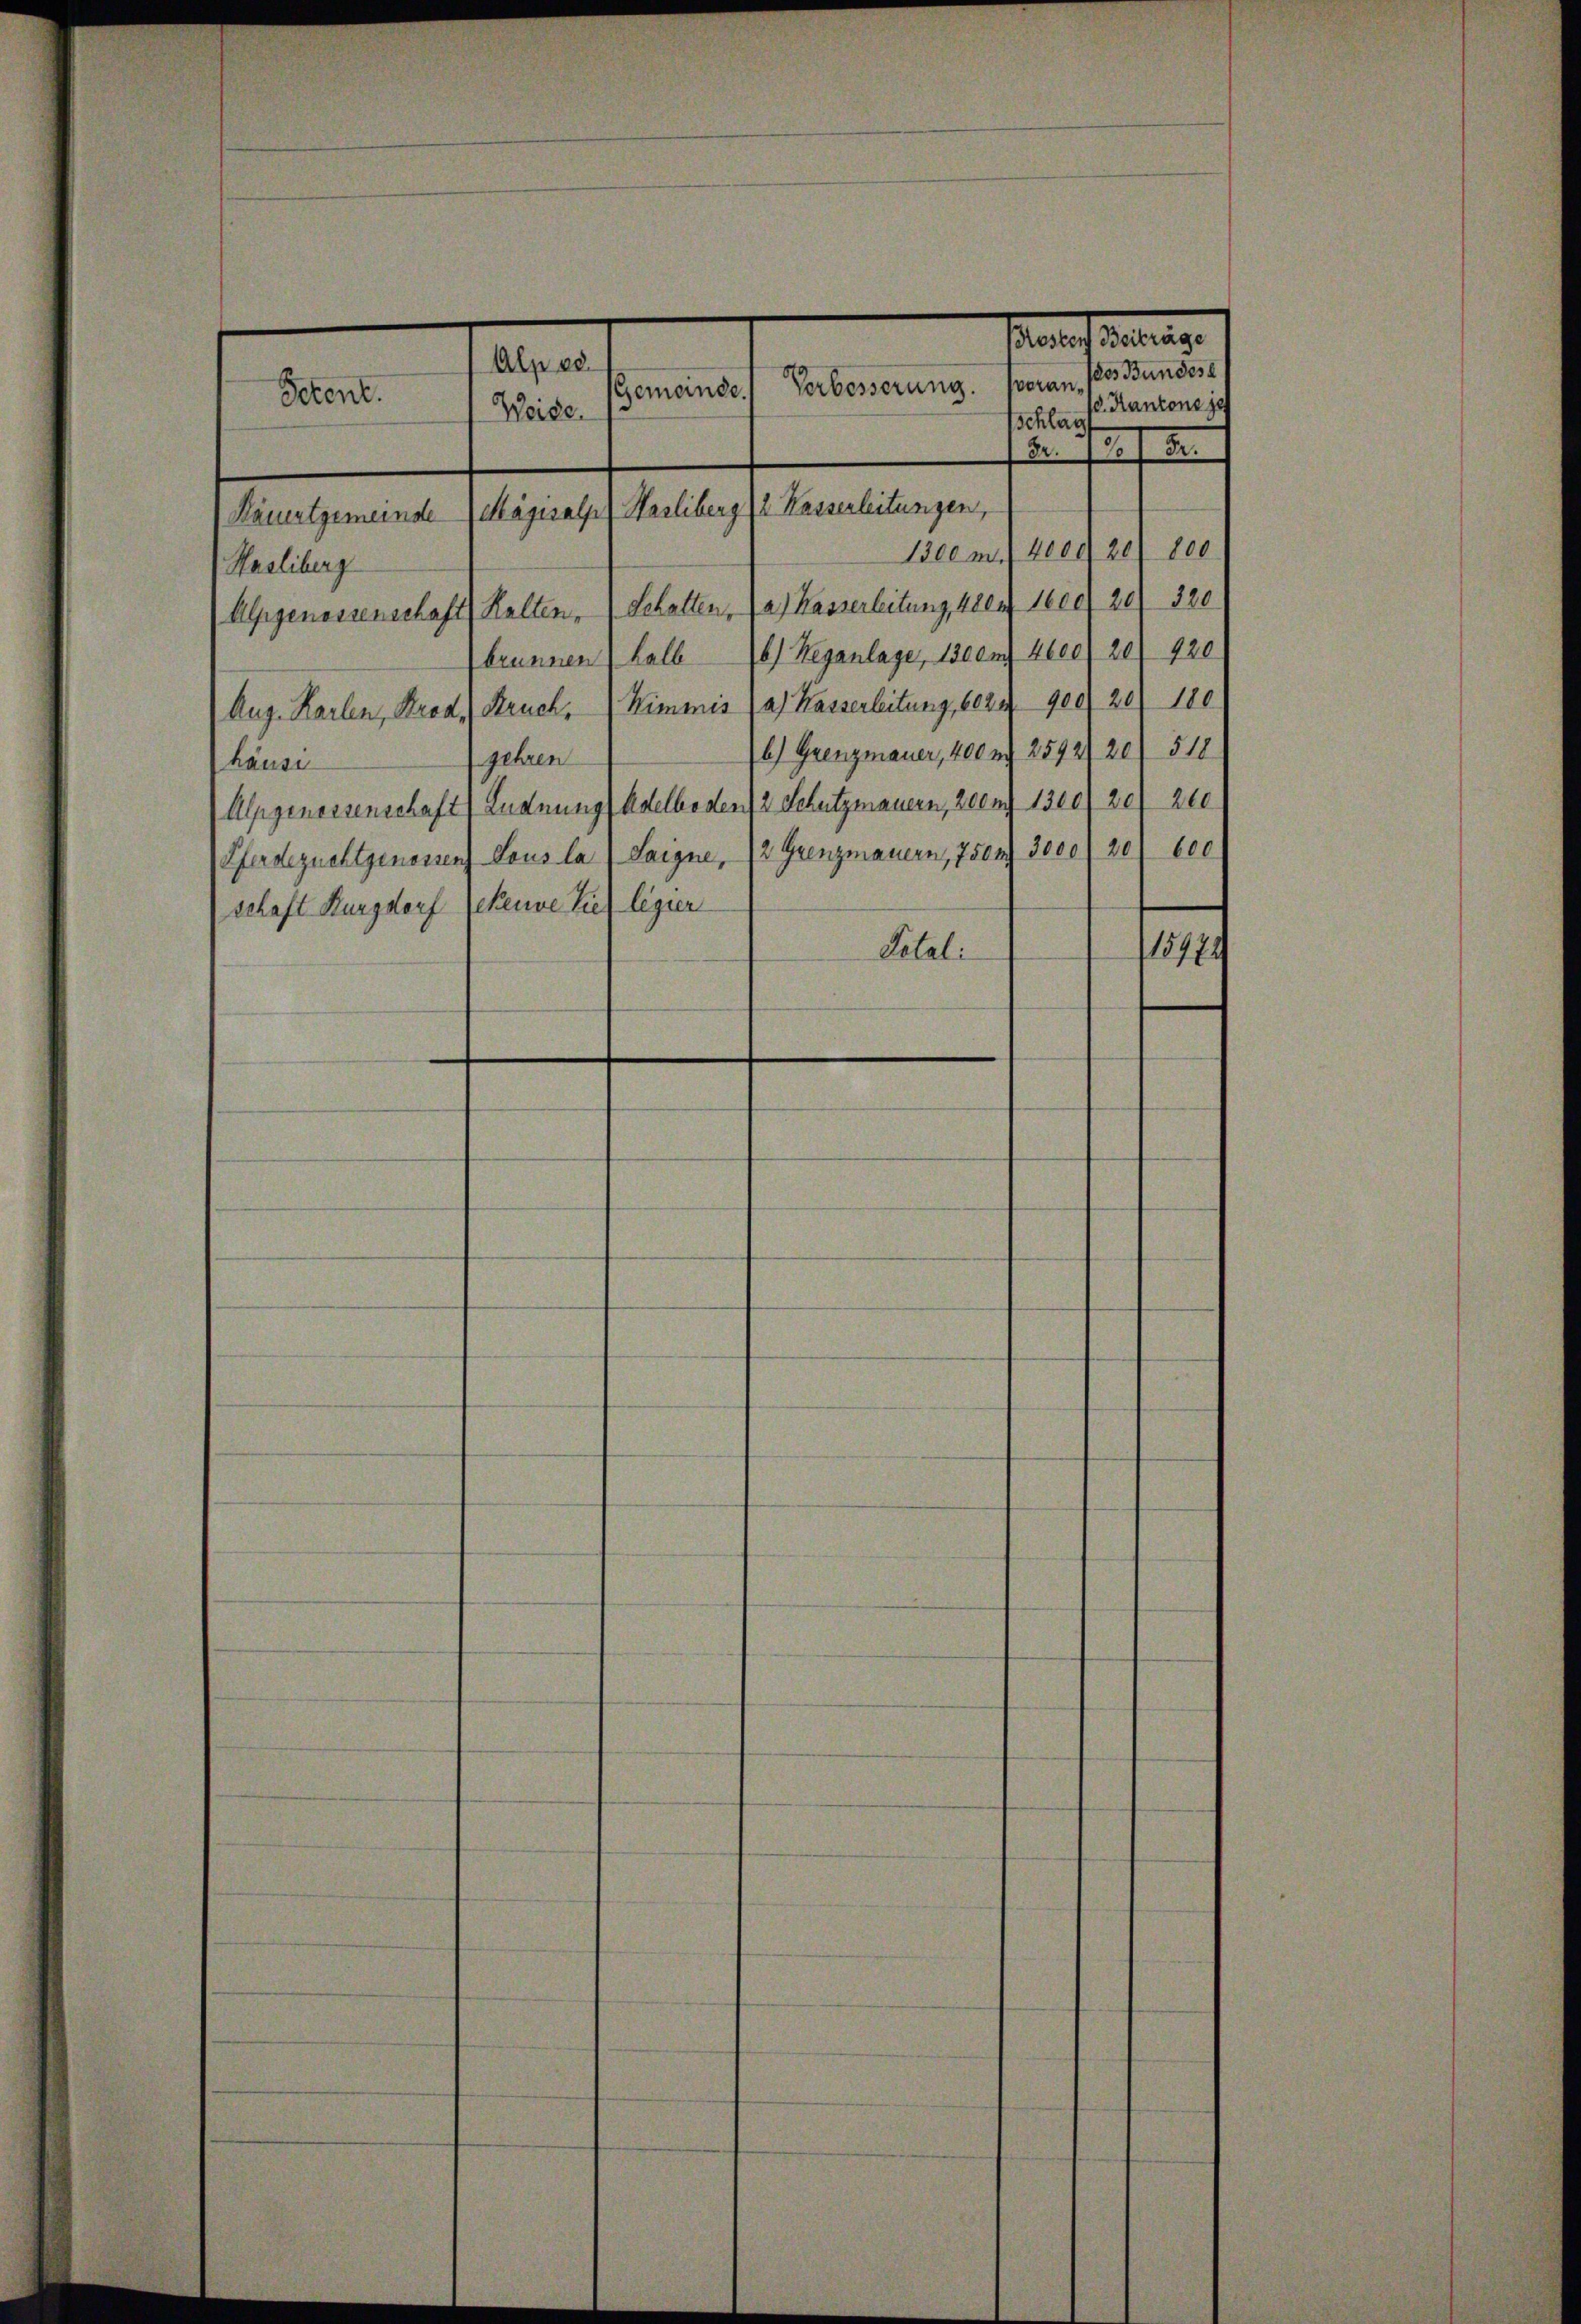
Steuer erlang
Alp 18.
des Bundes
veran¬
Verbesserung.
Gemeinde.
Petent.
d. Kantone je
Weide.
Schlag

Kämatgemeinde Magisalp Hasliberg 2 Kasserleitungen,

Beem 2ten 20/ 800
(Hasliberg
Alpgenossenschaft (Kalten, 1 Schatten, (a) Kasserleitung, 1804. 1600 f 20) 320
brunnen, halb 6) Wegenlage, 1stem 4600 20 920
Aug. Karlen, Krod, (Struck. (Kimmis (a) Kasserleitung, 6024900/20) 180
6) Grenzmauer, 400 eg 2592120) 518
gehren
häuse
Alpgenossenschaft (Endnung, Adelboden 12 Schutzmauern, 200 n 1300/ 20 210
600
Pferdezuchtgenossen Lous la Saigne, 12 Grenzmauern, 750 n 3000 f 20
schaft Burgdorf Scheune tief legier
Tetzli
115774

2. 77 f. 8